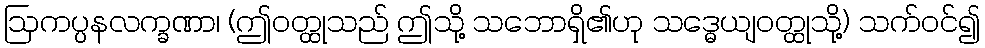
ဩကပ္ပနလက္ခဏာ၊ (ဤဝတ္ထုသည် ဤသို့ သဘောရှိ၏ဟု သဒ္ဓေယျဝတ္ထုသို့) သက်ဝင်၍